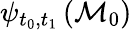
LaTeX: \psi_{t_{0},t_{1}}\left(\mathcal{M}_{0}\right)